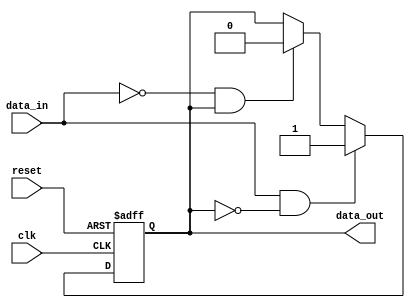
module Schmitt_trigger_buffer (
    input wire clk,
    input wire reset,
    input wire data_in,
    output reg data_out
);

reg reg_data;

always @(posedge clk or posedge reset) begin
    if (reset) begin
        reg_data <= 1'b0;
    end else begin
        if (data_in && !reg_data) begin
            reg_data <= 1'b1;
        end else if (!data_in && reg_data) begin
            reg_data <= 1'b0;
        end
    end
end

assign data_out = reg_data;

endmodule